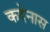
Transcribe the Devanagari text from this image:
कदेनास